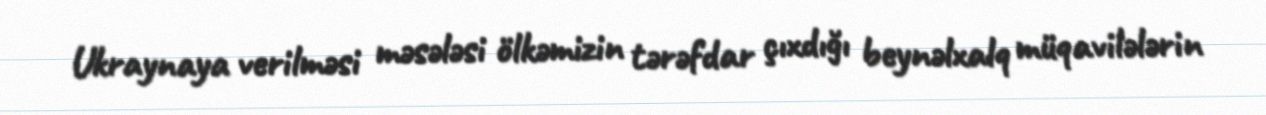
Ukraynaya verilməsi məsələsi ölkəmizin tərəfdar çıxdığı beynəlxalq müqavilələrin